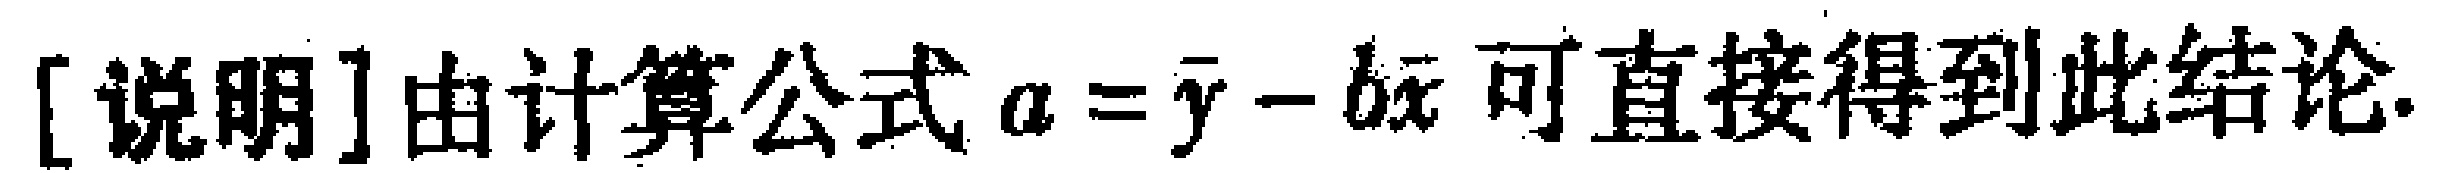
[说明]由计算公式 \(a = \bar{y} - b\bar{x}\) 可直接得到此结论.